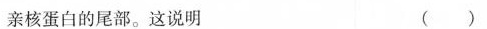
亲核蛋白的尾部。这说明( )